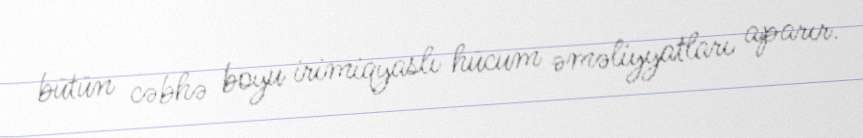
bütün cəbhə boyu irimiqyaslı hücum əməliyyatları aparır.